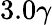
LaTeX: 3.0\gamma